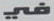
في